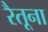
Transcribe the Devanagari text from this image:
रैतूना